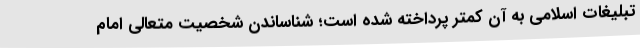
تبلیغات اسلامی به آن کمتر پرداخته شده است؛ شناساندن شخصیت متعالی امام